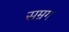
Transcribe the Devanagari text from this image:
सम्रग